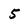
Character: 5